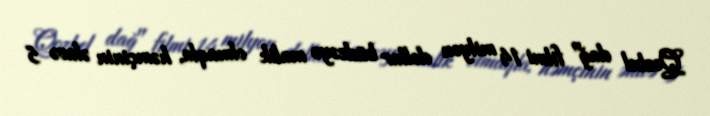
Qozbel dağ" filmi 14 milyon dollar büdcəyə malik olmaqla, həmçinin əlavə 5